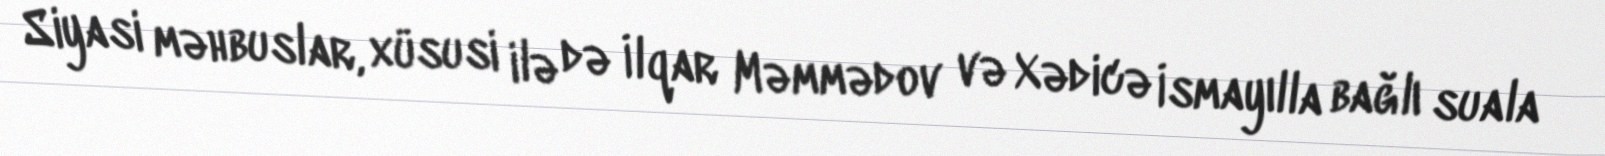
Siyasi məhbuslar, xüsusi ilə də İlqar Məmmədov və Xədicə İsmayılla bağlı suala